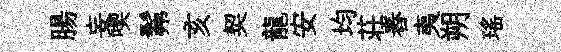
腸妄喫髴亥契龍安均荘舂夷朔瑶